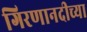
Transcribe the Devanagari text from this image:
गिरणानदीच्या